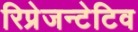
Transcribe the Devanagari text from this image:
रिप्रेजन्टेटिव